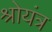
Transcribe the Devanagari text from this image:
श्रोयंत्र